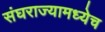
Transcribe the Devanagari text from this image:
संघराज्यामध्येच